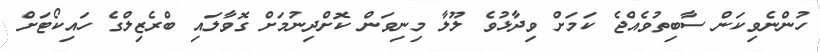
ހުންނެވިކަން ސާބިތުވެއްޖެ ކަމަށް ވިދާޅުވެ ލޫލާ މިނިވަން ކޮށްދިނުމަށް ގޮވާލައި ބްރެޒިލްގެ ހައިކޯޓަށް